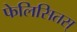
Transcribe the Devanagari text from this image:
फेलिसितस्